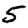
Digit: 5